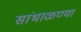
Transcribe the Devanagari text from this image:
सांभाळण्या